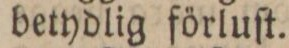
betydlig förluſt.